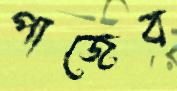
পাজেব